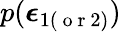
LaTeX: p(\boldsymbol{\epsilon}_{1(\mathrm{~o~r~}2)})